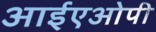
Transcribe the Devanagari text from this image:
आईएओपी